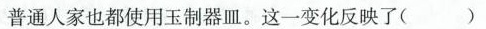
普通人家也都使用玉制器皿。这一变化反映了()